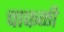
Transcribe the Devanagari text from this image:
चाफळी